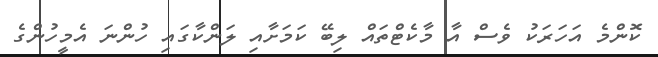
ކޮންމެ އަހަރަކު ވެސް އާ މާކެޓްތައް ލިބޭ ކަމަށާއި ލަންކާގައި ހުންނަ އެމީހުންގެ